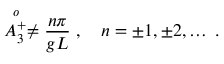
\stackrel { o } { A _ { 3 } ^ { + } } \neq { \frac { n \pi } { g L } } \; , \quad n = \pm 1 , \pm 2 , \ldots \; .